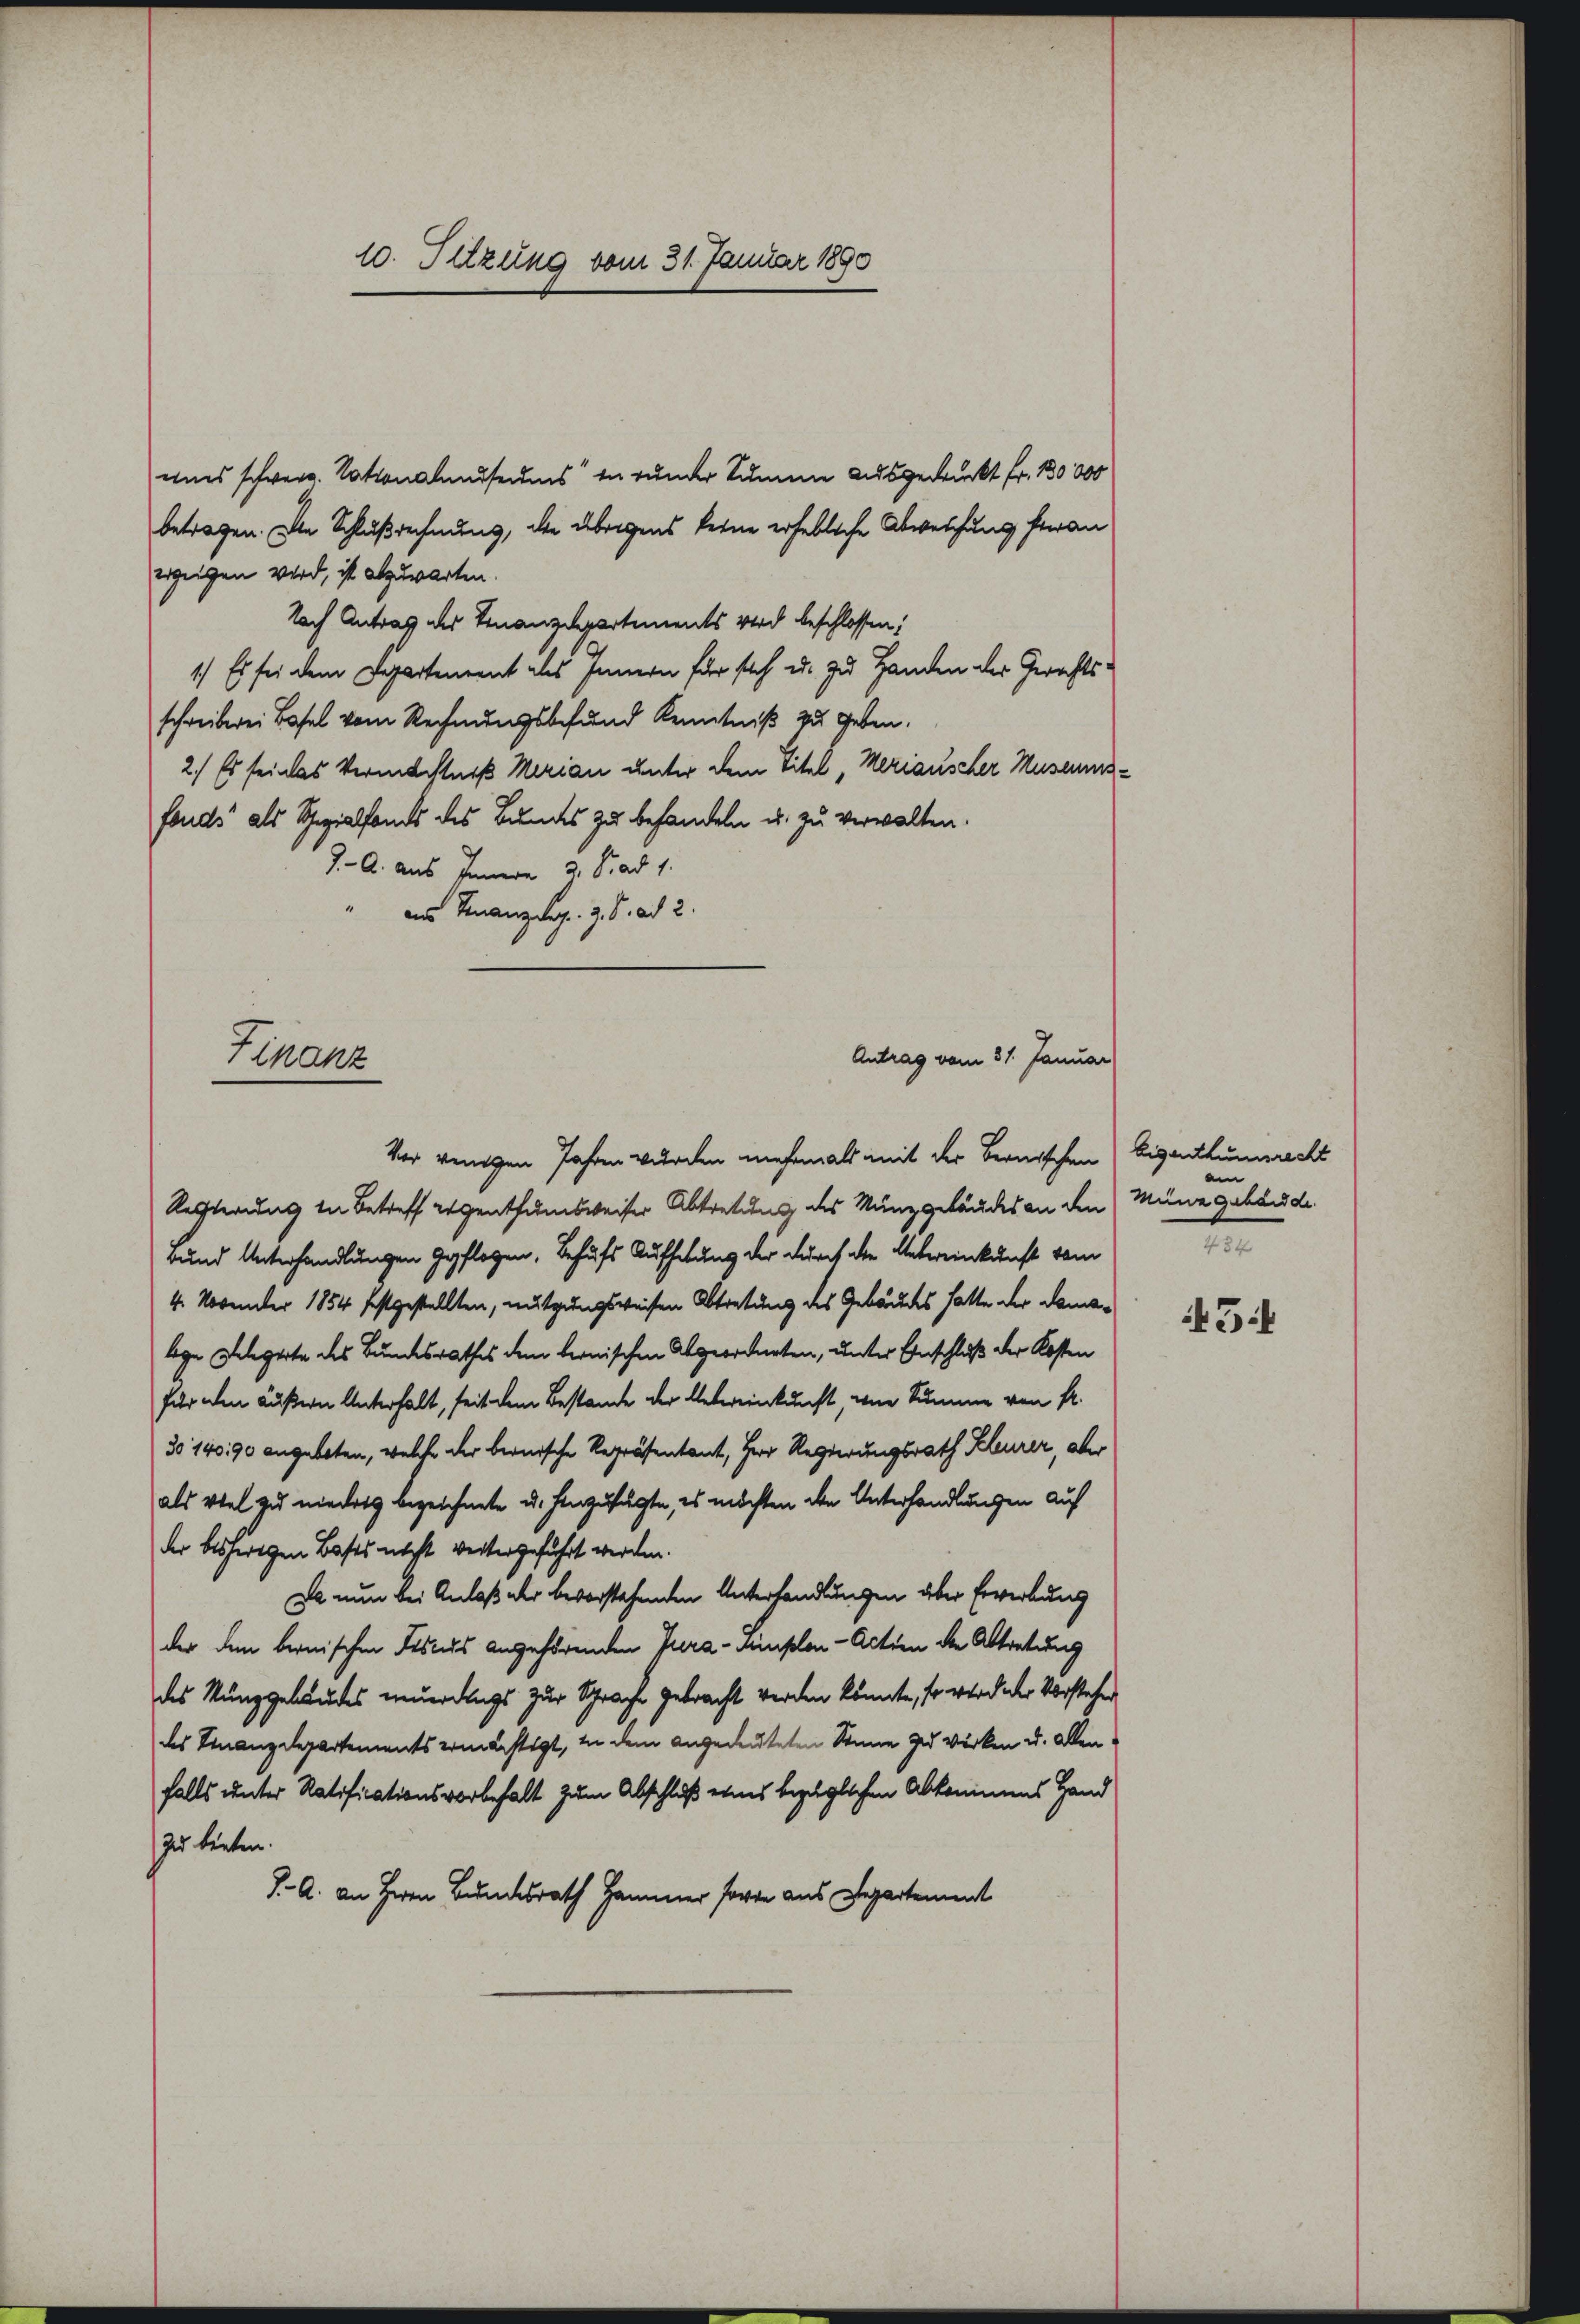
10. Sitzung vom 31. Januar 1890

uns schwere Tottonalmuseums in runder Summe ausgedruckt Fr. 130,000
betragen. Die Schlußrechnung, die übrigens keine erhebliche Abweichung heran
erzeigen wird, ist abzuwarten.
Nach Antrag des Finanzdepartements wird beschlossen:
1.) Es sei dem Departement als Innern für sich u. zu Handen der Gerichtsschreiberei Basel vom Rechnungsbefund Kenntniß zu geben.
2.) Es sei das Vermächtniß Marian unter dem Titel, Meriauscher Museumsfonds als Spezialfonds des Bundes zu behandeln u. zu verwalten.
J. A. aus Innern 2 Fr. ad 1.
am Finanz lag. 9. d. ad 2.

Finanz

Antrag vom 31. Januar

Vor wenigen Jahren wurden mehrmals mit der Bernischen Eigenthumsrecht
Rechterung in Betreff gegenthumsweiser Abtretung des Münzgeläudes an den Münz gebäude.
rund Unterhandlungen gepflogen, Behufs Aufhebung der durch die Uebereinkunft vom
4. November 1854 festgestellten, nutzungsweisen Abtretung des Gebäudes hatte der Damaleige Gelegerte des Bundesrathes dem bernischen Abgeordneten, unter Anschluß der Kosten
für den äußern Unterhalt, seit dem Bestande der Uebereinkunft, wie Summe von fl.
3o 140 90 angeboten, welche der bernische Repräsentant, Herr Regierungsrath Kheurer, aber
als viel zu nieders bezeichnete u. hinzufügte, es möchten den Unterhandlungen auf
der bisherigen Basts nicht werter geführt werden.
Da nun bei Anlaß der bevorstehenden Unterhandlungen über Erwerbung
der den bernischen Fiscus angehörenden Para-Linplan- Actien der Abtretung
des Münggebäudes neuerdings zur Sprache gebracht werden könnte, so wird der Vorstehen
des Finanzdepartements ermächtigt, in dem angedeuteten Sinne zu wirken u. allen
falls unter Ratificationsvorbehalt zum Abschluß eines bezüglichen Abkommens Hand
zu bieten.
J. A. an Herrn Bundesrath Hammer sorte aus Departement

e
t

43